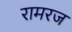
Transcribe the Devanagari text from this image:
रामरज